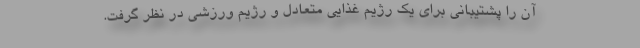
آن را پشتیبانی برای یک رژیم غذایی متعادل و رژیم ورزشی در نظر گرفت.